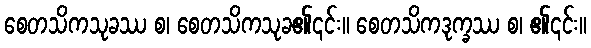
စေတသိကသုခဿ စ၊ စေတသိကသုခ၏၎င်း။ စေတသိကဒုက္ခဿ စ၊ ၏၎င်း။